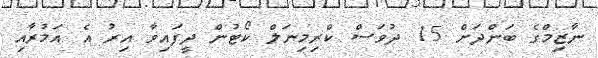
ނާޒިމްގެ ބަންދަށް 15 ދުވަސް ކްރިމިނަލް ކޯޓުން ދީފައިވާ އިރު އެ އަމުރާއި